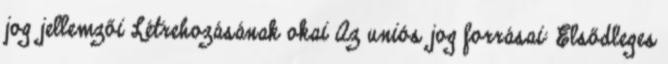
jog jellemzői Létrehozásának okai Az uniós jog forrásai: Elsődleges